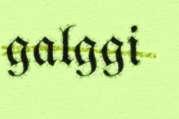
galggi